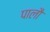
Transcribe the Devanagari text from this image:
पालौ